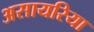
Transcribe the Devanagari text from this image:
असायरिया